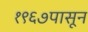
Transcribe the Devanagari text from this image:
१९६७पासून